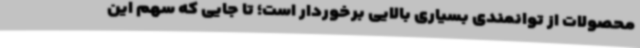
محصولات از توانمندی بسیاری بالایی برخوردار است؛ تا جایی که سهم این